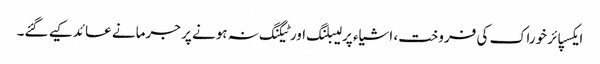
ایکسپائر خوراک کی فروخت، اشیاء پر لیبلنگ اور ٹیگنگ نہ ہونے پر جرمانے عائد کیے گئے۔